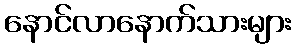
နောင်လာနောက်သားများ